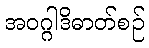
အဝဂ္ဂါဒိဓာတ်စဉ်